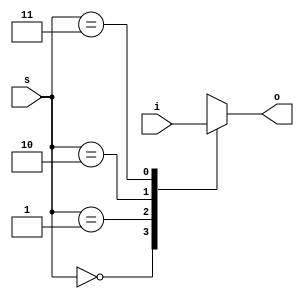
// ************
// * mux*
// ************
// =  =
// [] i [DW*(2**CW)]: ,   2**CW  b(k)  DW: i = {b(0), b(1), ..., b(2**CW-1)};        
// [] s [CW        ]:    ,   
//
// =  =
// [] o [DW]:     b(s)
//
// =  =
// DW [1]:    o   b(k)
// CW [2]:    s     b(k)
module mux(i, s, o);
  parameter DW = 1;
  parameter CW = 2;
  localparam N = 2**CW;
  input [DW*N-1:0] i;
  input [CW-1:0] s;
  output [DW-1:0] o;
  
  wire [DW-1:0] b[0:N-1];
  
  genvar k;
  for(k = 0; k < N; k = k + 1)
    assign b[k] = i[DW*(N-k)-1:DW*(N-1-k)];
  
  assign o = b[s];
endmodule